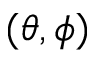
( \theta , \phi )